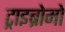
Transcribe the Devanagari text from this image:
ट्राइब्रोमो